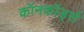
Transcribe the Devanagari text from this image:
कॉनकॉर्ड्स